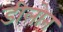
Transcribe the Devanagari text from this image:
डीलोन